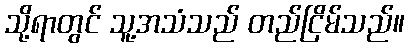
သို့ရာတွင် သူ့အသံသည် တည်ငြိမ်သည်။